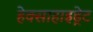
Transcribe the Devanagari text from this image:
हेक्साहाइड्रेट